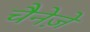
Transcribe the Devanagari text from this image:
चैनेज़े